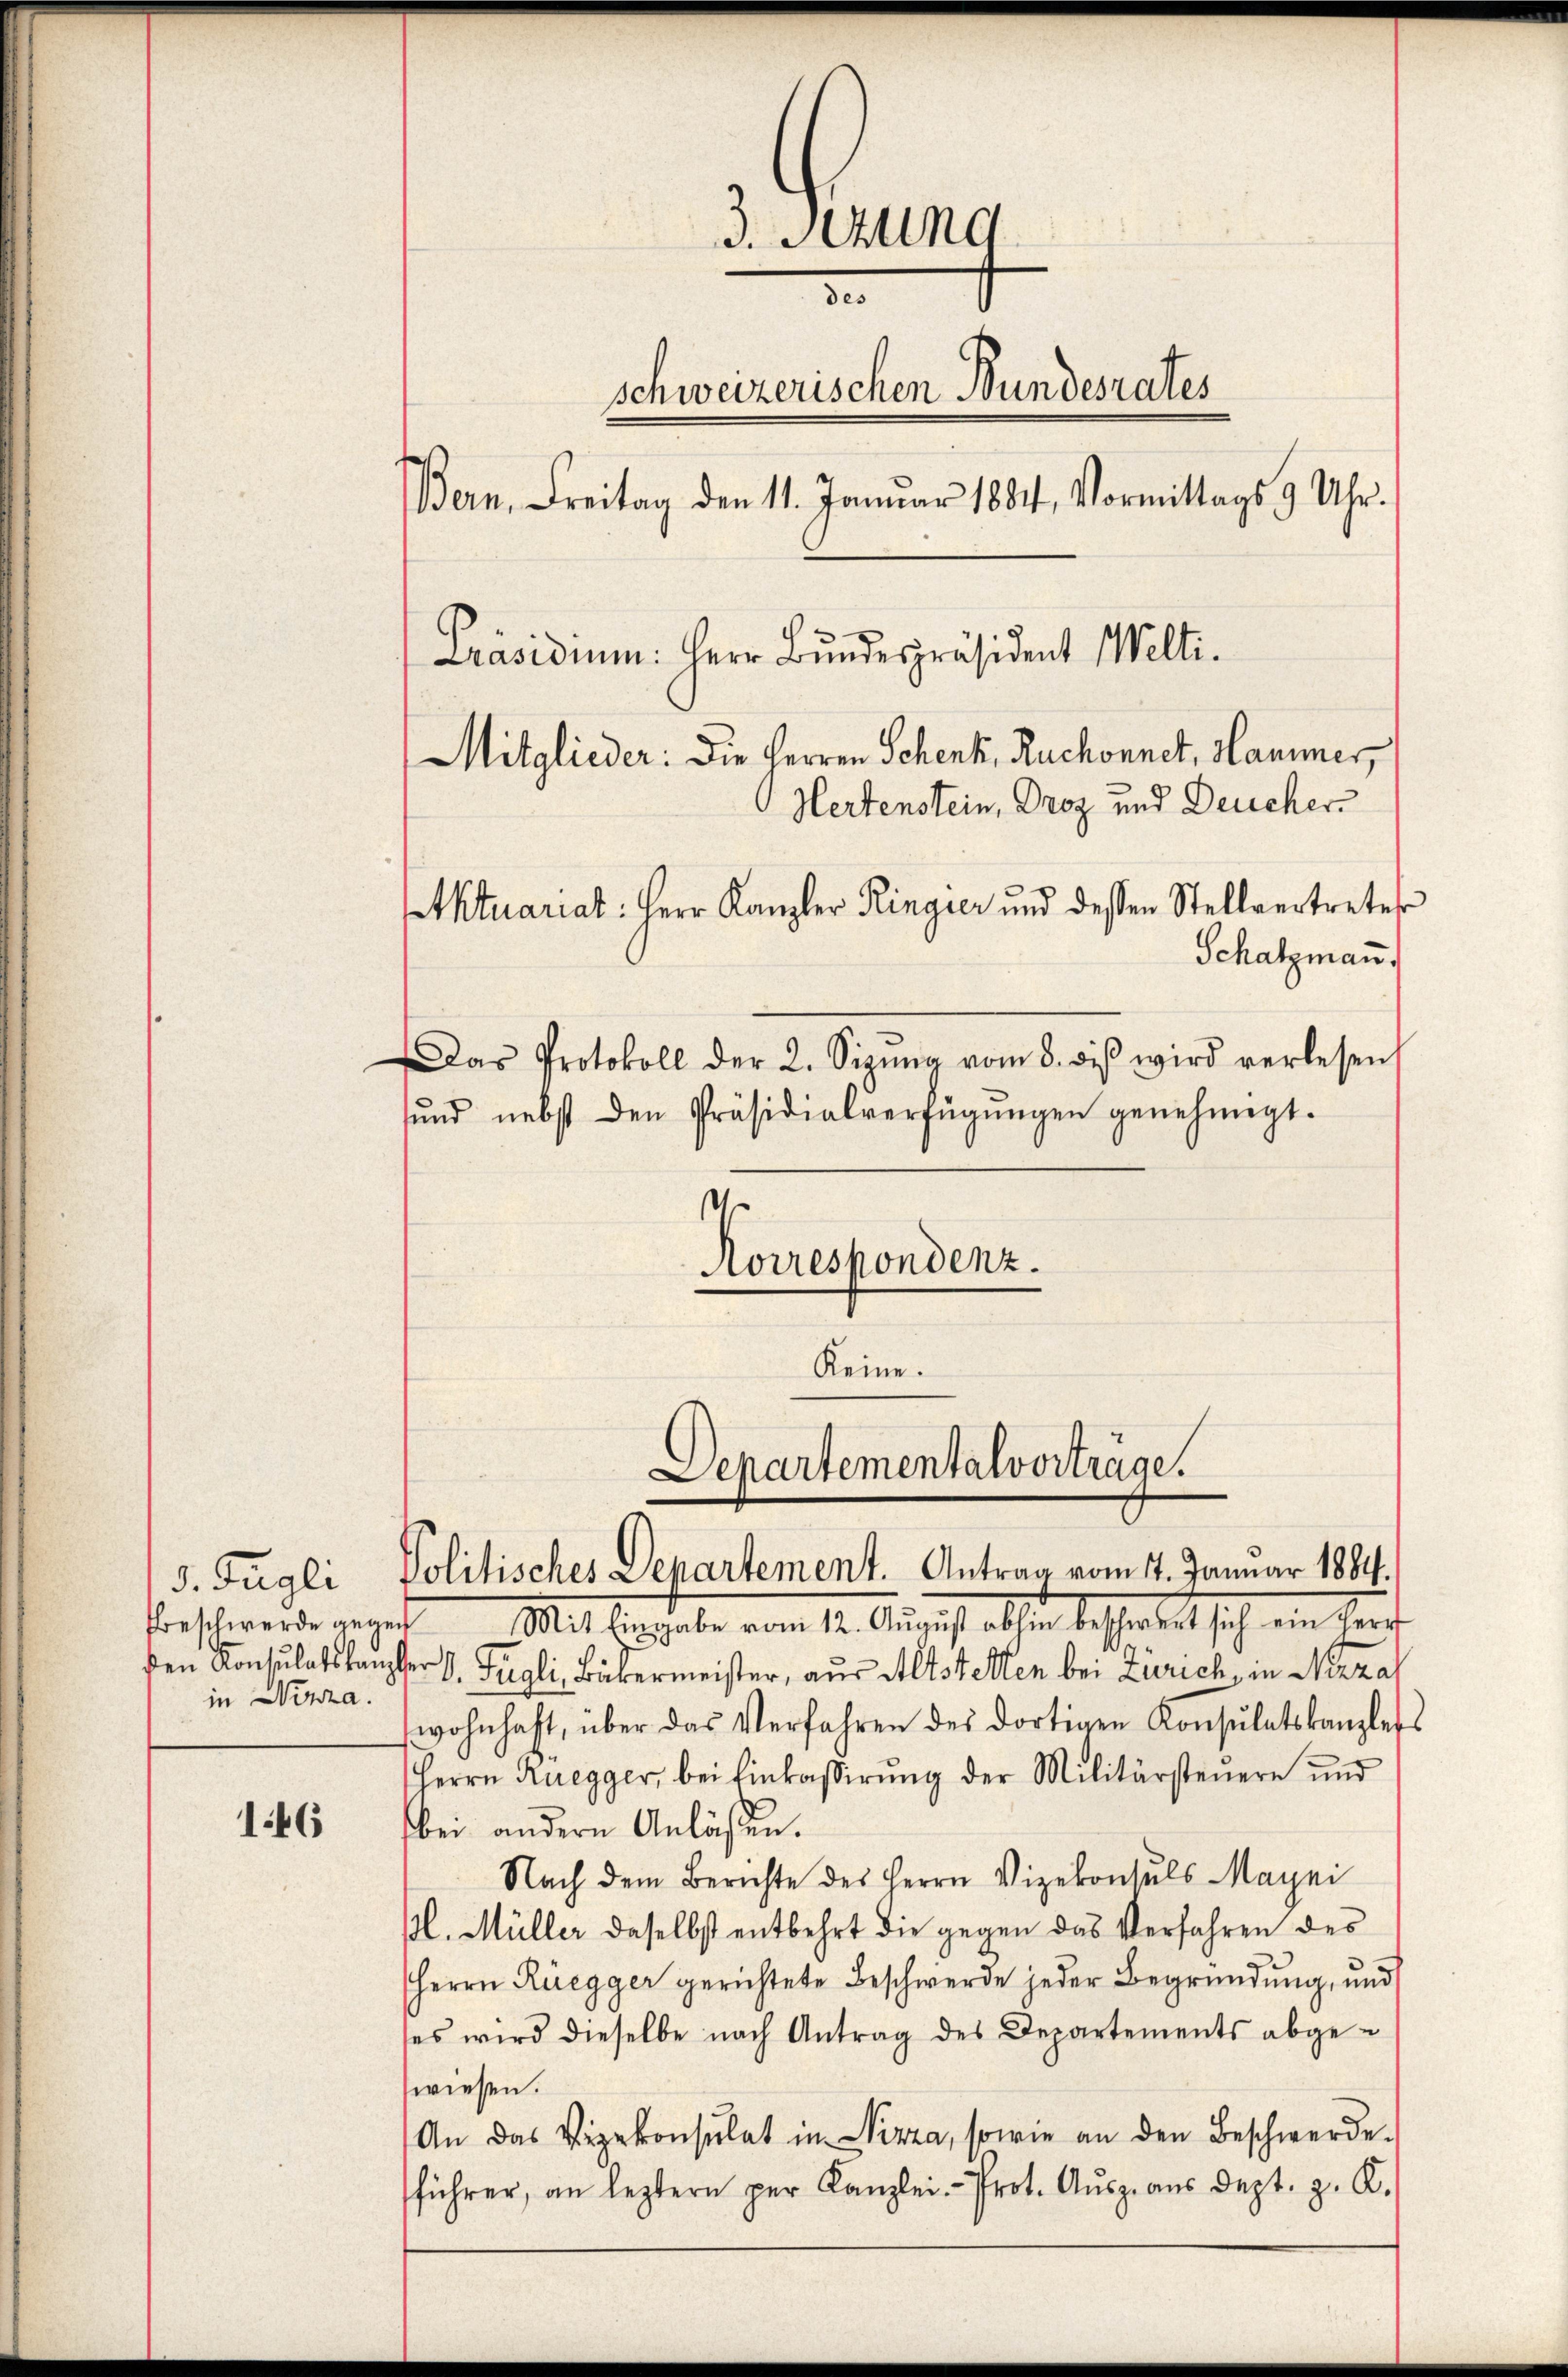
d. Fügli
beschwerde gege
den Konsulatskanz
in Nizza.

146

3. Sezung
3
schweizerischen Bundesrates
BBern, Freitag den 11. Januar 1884, Vormittags 9 Uhr.
Präsidiu: Herr Bŭndespräsident Welti.
Mitglieder: Die Herren Schenk, Ruchonnet, Hammer,
Hertenstein, Droz und Deucher
tktuariat: Herr Kanzler Ringier und dessen Stellvertreter
Schatzmann,

ŭnd nebst den Präsidialverfügŭngen genehmigt.
s
Korrespondenz.
Keine.

Das Protokoll der 2. Sizŭng vom 8. diβ wird verlesen,

Departementalvorträge.
Politisches Departement. Antrag vom 17. Januar 1884.

Mit Eingabe vom 12. August abhin beschwert sich ein Herr
er 9. Fügli, Bäkermeister, aus Altstetten bei Zürich, in Nizza
wohnhaft, über das Verfahren des dortigen Konsulatskanzleis
Herrn Ruegger, bei Einkassirŭng der Militärsteuere und
bei andern Anläßen.
Nach dem Berichte des Herrn Vizekonsuls Mayni
pl. Müller daselbst entbehrt die gegen das Verfahren des
Herrn Ruegger gerichtete Beschwerde jeder Begründung, und
ses wird dieselbe nach Antrag des Departements abge-
wiesen.
An das Vizekonsulat in Nizza, sowie an den Beschwerde
führer, an leztern per Kanzlei- Prot. Aŭszaŭs dept. p. K.